Indian journal of veterinary science and animal husbandry - Volume 7,
Year: 1937
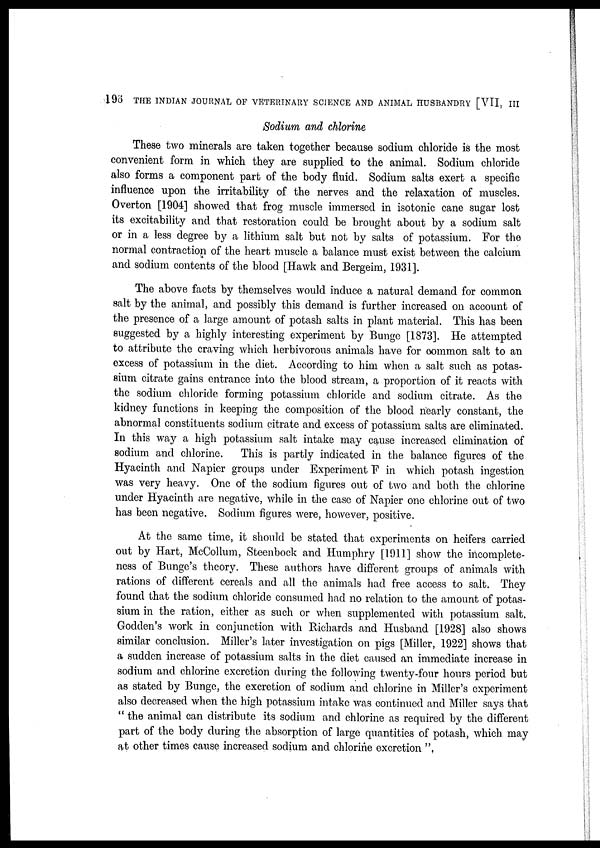
196
THE INDIAN JOURNAL OF VETERINARY SCIENCE AND ANIMAL HUSBANDRY [VII, III
Sodium and chlorine
These two minerals are taken together because sodium chloride is the most
convenient form in which they are supplied to the animal. Sodium chloride
also forms a component part of the body fluid. Sodium salts exert a specific
influence upon the irritability of the nerves and the relaxation of muscles.
Overton [1904] showed that frog muscle immersed in isotonic cane sugar lost
its excitability and that restoration could be brought about by a sodium salt
or in a less degree by a lithium salt but not by salts of potassium. For the
normal contraction of the heart muscle a balance must exist between the calcium
and sodium contents of the blood [Hawk and Bergeim, 1931].
The above facts by themselves would induce a natural demand for common
salt by the animal, and possibly this demand is further increased on account of
the presence of a large amount of potash salts in plant material. This has been
suggested by a highly interesting experiment by Bunge [1873]. He attempted
to attribute the craving which herbivorous animals have for common salt to an
excess of potassium in the diet. According to him when a salt such as potas-
sium citrate gains entrance into the blood stream, a proportion of it reacts with
the sodium chloride forming potassium chloride and sodium citrate. As the
kidney functions in keeping the composition of the blood nearly constant, the
abnormal constituents sodium citrate and excess of potassium salts are eliminated.
In this way a high potassium salt intake may cause increased elimination of
sodium and chlorine.
This is partly indicated in the balance figures of the
Hyacinth and Napier groups under Experiment F in which potash ingestion
was very heavy. One of the sodium figures out of two and both, the chlorine
under Hyacinth are negative, while in the case of Napier one chlorine out of two
has been negative. Sodium figures were, however, positive.
At the same time, it should be stated that experiments on heifers carried
out by Hart, McCollum, Steenbock and Humphry [1911] show the incomplete-
ness of Bunge's theory. These authors have different groups of animals with
rations of different cereals and all the animals had free access to salt. They
found that the sodium chloride consumed had no relation to the amount of potas-
sium in the ration, either as such or when supplemented with potassium salt.
Godden's work in conjunction with Richards and Husband [1928] also shows
similar conclusion. Miller's later investigation on pigs [Miller, 1922] shows that
a sudden increase of potassium salts in the diet caused an immediate increase in
sodium and chlorine excretion during the following twenty-four hours period but
as stated by Bunge, the excretion of sodium and chlorine in Miller's experiment
also decreased when the high potassium intake was continued and Miller says that
" the animal can distribute its sodium and chlorine as required by the different
part of the body during the absorption of large quantities of potash, which may
at other times cause increased sodium and chlorine excretion ".